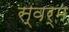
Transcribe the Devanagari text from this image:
स्वर्म